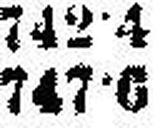
747•6